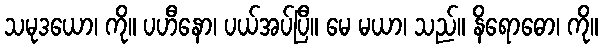
သမုဒယော၊ ကို။ ပဟီနော၊ ပယ်အပ်ပြီ။ မေ မယာ၊ သည်။ နိရောဓော၊ ကို။